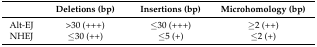
<table><thead><tr><td>[EMPTY_CELL]</td><td><b>Deletions (bp)</b></td><td><b>Insertions (bp)</b></td><td><b>Microhomology (bp)</b></td></tr></thead><tbody><tr><td>Alt-EJ</td><td>&gt;30 (+++)</td><td>≤30 (+++)</td><td>≥2 (++)</td></tr><tr><td>NHEJ</td><td>≤30 (++)</td><td>≤5 (+)</td><td>≤2 (+)</td></tr></tbody></table>